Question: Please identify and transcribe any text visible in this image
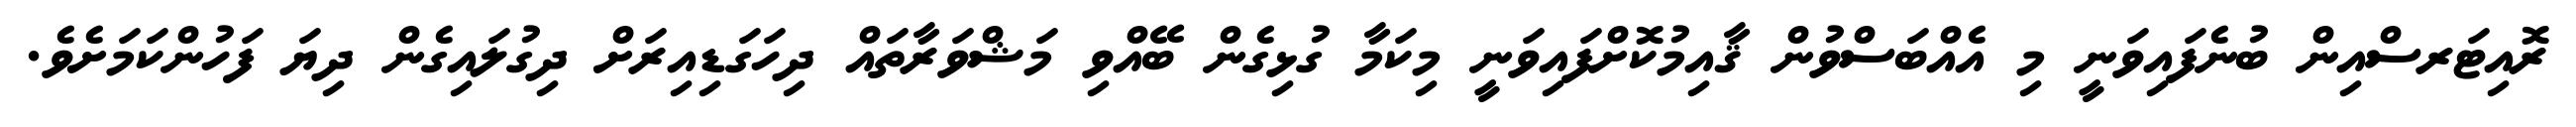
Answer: ރޮއިޓަރސްއިން ބުނެފައިވަނީ މި އެއްބަސްވުން ޤާއިމުކޮށްފައިވަނީ މިކަމާ ގުޅިގެން ބޭއްވި މަޝްވަރާތައް ދިހަގަޑިއިރަށް ދިގުލައިގެން ދިޔަ ފަހުންކަމަށެވެ.